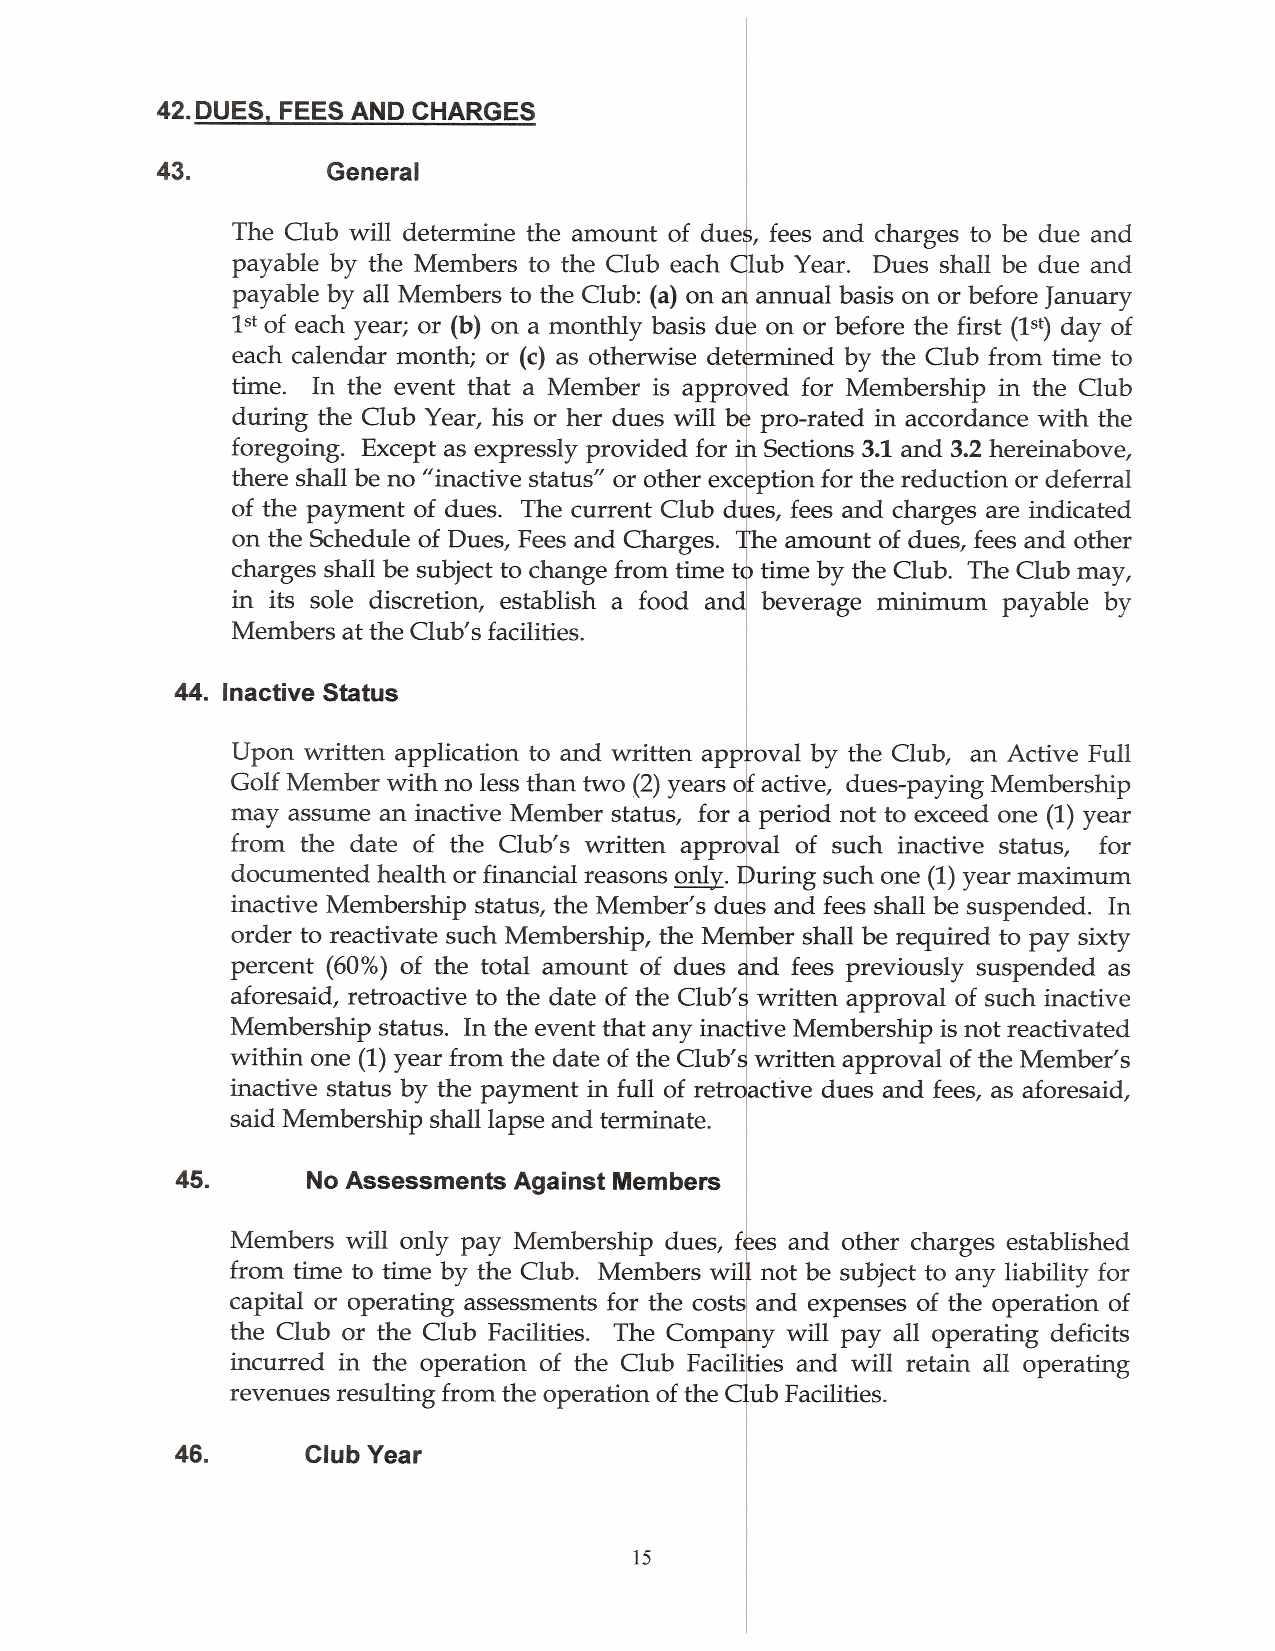
42.DUES, FEES AND CHARGES
 43.         General
 The Club will determine the amount of dues, fees and charges to be due and
 payable by the Members to the Club each Club Year. Dues shall be due and
 payable by all Members to the Club: (a) on an annual basis on or before January
 1st of each year; or (b) on a monthly basis due on or before the first (1st) day of
 each calendar month; or (c) as otherwise determined by the Club from time to
 time. In the event that a Member is approved for Membership in the Club
 during the Club Year, his or her dues will be pro-rated in accordance with the
 foregoing. Except as expressly provided for in Sections 3.1 and 3.2 hereinabove,
 there shall be no "inactive status" or other exception for the reduction or deferral
 of the payment of dues. The current Club dues, fees and charges are indicated
 on the Schedule of Dues, Fees and Charges. The amount of dues, fees and other
 charges shall be subject to change from time to time by the Club. The Club may,
 in its sole discretion, establish a food and beverage minimum payable by
 Members at the Club's facilities.
 44. Inactive Status
 Upon written application to and written approval by the Club, an Active Full
 Golf Member with no less than two (2) years of active, dues-paying Membership
 may assume an inactive Member status, for a period not to exceed one (1) year
 from the date of the Club's written approval of such inactive status, for
 documented health or financial reasons only. During such one (1) year maximum
 inactive Membership status, the Member's dues and fees shall be suspended. In
 order to reactivate such Membership, the Member shall be required to pay sixty
 percent (60%) of the total amount of dues and fees previously suspended as
 aforesaid, retroactive to the date of the Club's written approval of such inactive
 Membership status. In the event that any inactive Membership is not reactivated
 within one (1) year from the date of the Club's written approval of the Member's
 inactive status by the payment in full of retroactive dues and fees, as aforesaid,
 said Membership shall lapse and terminate.
 45.     No Assessments Against Members
 Members will only pay Membership dues, fees and other charges established
 from time to time by the Club. Members will not be subject to any liability for
 capital or operating assessments for the costs and expenses of the operation of
 the Club or the Club Facilities. The Company will pay all operating deficits
 incurred in the operation of the Club Facilities and will retain all operating
 revenues resulting from the operation of the Club Facilities.
 46.     Club Year
 15